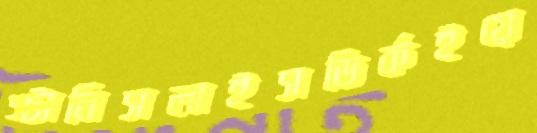
স্টানিসলাইসডির্কইয়ে